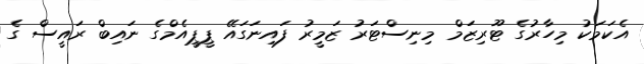
އެކަމަކު މިހާރުގެ ޓޫރިޒަމް މިނިސްޓަރު ޒަމީރު ފައިނަގައޭ ޕީޕީއެމްގެ ނައިބް ރައީސް ގެ